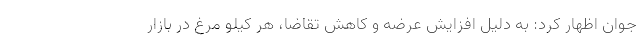
جوان اظهار کرد: به دلیل افزایش عرضه و کاهش تقاضا، هر کیلو مرغ در بازار